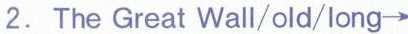
2. The Great Wall/old/long \rightarrow